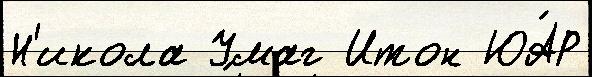
Н'икола Умаг Итон ЮА́Р